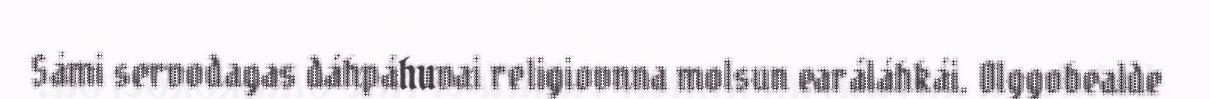
Sámi servodagas dáhpáhuvai religiovnna molsun earáláhkái. Olggobealde